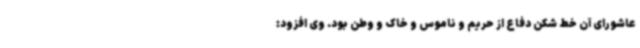
عاشورای آن خط شکن دفاع از حریم و ناموس و خاک و وطن بود. وی افزود: